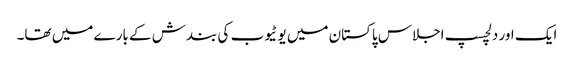
ایک اور دلچسپ اجلاس پاکستان میں یو ٹیوب کی بندش کے بارے میں تھا۔